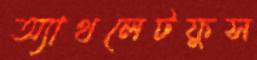
অ্যাথলেটফুস